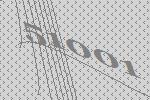
51001